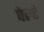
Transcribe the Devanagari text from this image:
पेल्टे